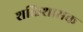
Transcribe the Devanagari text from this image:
शक्तिशासक